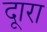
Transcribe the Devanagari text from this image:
दूारा